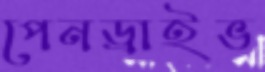
পেনড্রাইভ